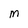
Character: M